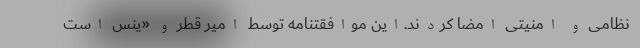
نظامی و امنیتی امضا کردند.این موافقتنامه توسط امیر قطر و «ینس است